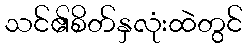
သင်၏စိတ်နှလုံးထဲတွင်